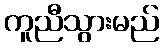
ကူညီသွားမည်